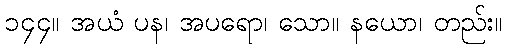
၁၄၄။ အယံ ပန၊ အပရော၊ သော။ နယော၊ တည်း။